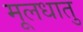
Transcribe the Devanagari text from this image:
मूलधातु